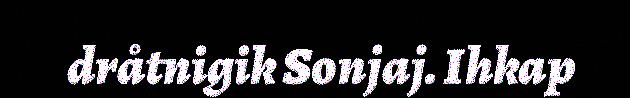
dråtnigik Sonjaj. Ihkap